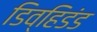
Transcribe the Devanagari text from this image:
डिव्हिडंड